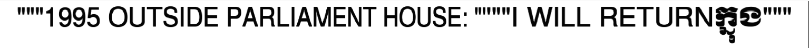
"""1995 OUTSIDE PARLIAMENT HOUSE: """"I WILL RETURNក្នុង"""